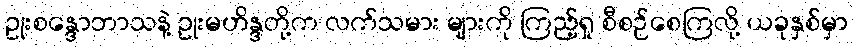
ဥုးစန္ဒောဘာသနဲ့ ဥုးမဟိန္ဒတို့က လက်သမား များကို ကြည့်ရှု စီစဉ်စေကြလို့ ယခုနှစ်မှာ